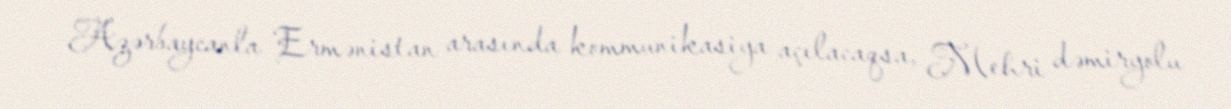
Azərbaycanla Ermənistan arasında kommunikasiya açılacaqsa, Mehri dəmiryolu